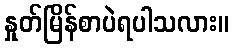
နှုတ်မြိန်စာပဲရပါသလား။